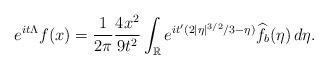
LaTeX: \begin{align*}e^{i t\Lambda} f (x)=\frac{1}{2\pi}\frac{4x^2}{9t^2}\int_{\mathbb{R}}e^{it'(2|\eta|^{3/2}/3-\eta)}\widehat{f_b}(\eta)\,d\eta.\end{align*}